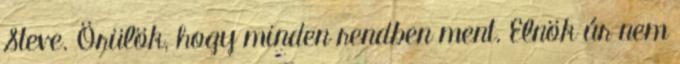
Steve. Örülök, hogy minden rendben ment. Elnök úr nem